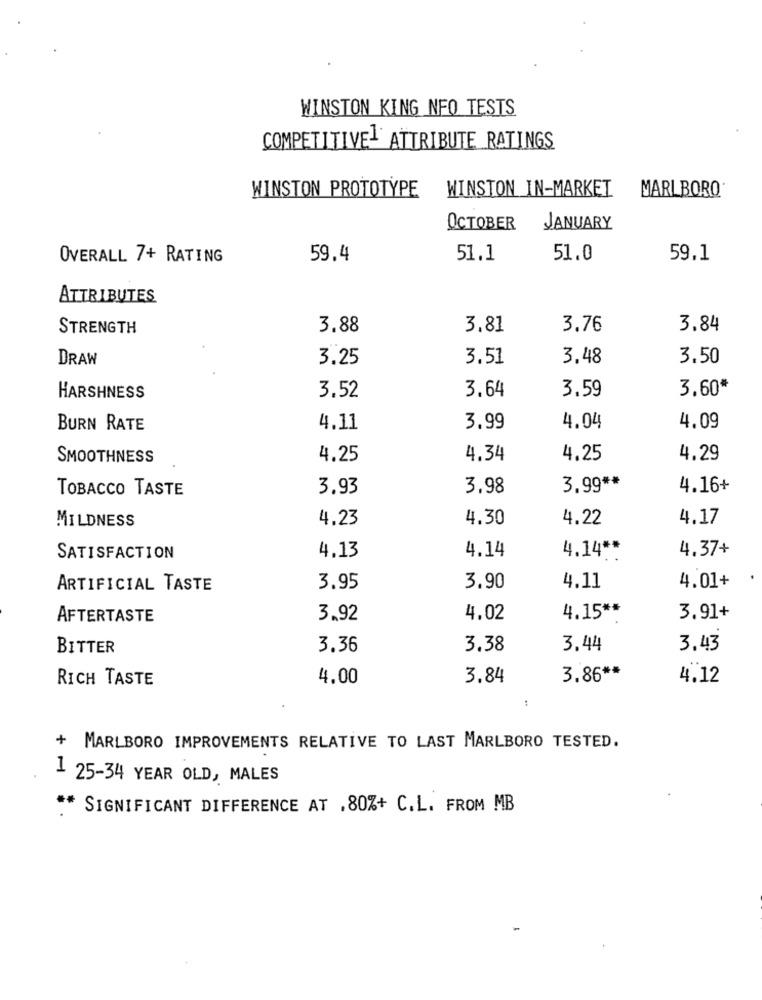
WINSTON KING NFO TESTS
COMPETITIVEL ATTRIBUTE RATINGS
WINSTON PROTOTYPE
WINSTON IN-MARKET
MARLBORO
OCTOBER
JANUARY
OVERALL 7+ RATING
59.4
51.1
51.0
59.1
ATTRIBUTES
STRENGTH
3.88
3.81
3,76
3.84
DRAW
3.25
3.51
3.48
3.50
3,52
3.64
3.59
3.60*
HARSHNESS
BURN RATE
4.11
3.99
4.04
4.09
SMOOTHNESS
4.25
4.34
4.25
4.29
TOBACCO TASTE
3.93
3.98
3.99 **
4.16+
MILDNESS
4.23
4.30
4.22
4.17
4.13
4.14
4.37+
SATISFACTION
4.14 **
4.01+
ARTIFICIAL TASTE
3.95
3.90
4.11
4.15 **
AFTERTASTE
3,92
4.02
3.91+
BITTER
3.36
3.38
3.44
3.43
RICH TASTE
4.00
3.84
3.86 **
4.12
:
+ MARLBORO IMPROVEMENTS RELATIVE TO LAST MARLBORO TESTED.
1 25-34 YEAR OLD, MALES
** SIGNIFICANT DIFFERENCE AT ,80%+ C.L. FROM MB